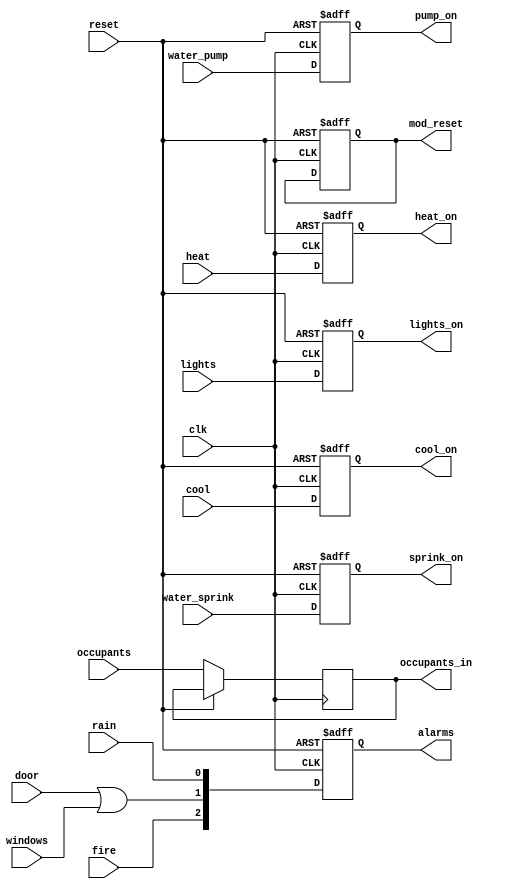
// Primary Module

module master ( alarms, lights_on, heat_on, cool_on, sprink_on, pump_on, mod_reset, occupants_in,
                clk, reset, door, windows, fire, rain, lights, heat, cool, water_sprink, water_pump, occupants);
    input clk, reset, door, windows, fire, rain, lights, heat, cool, water_sprink, water_pump;
    input [7:0] occupants;
    output reg [7:0] occupants_in;
    output reg [2:0]alarms;
    output reg lights_on, heat_on, cool_on, sprink_on, pump_on, mod_reset;

    always @(posedge clk or posedge reset)begin // For resetting the main module and all attached modules
        if (reset == 1'b1)begin
            lights_on = 1'b 0;  // Setting all vaues to 0
            heat_on = 1'b 0;    
            cool_on = 1'b 0;    
            sprink_on = 1'b 0;  
            pump_on = 1'b 0;    
            alarms = 3'b 000;   
            mod_reset = 1'b 1;
            #10
            mod_reset = 1'b 0;
        end

        else begin
            alarms = {fire, door|windows, rain};    // input for the alarms module
            lights_on = lights; // Storing the state of lights
            heat_on = heat; // Storing heater state
            cool_on = cool; // Storing cooler state
            occupants_in = occupants;   // Stores the number of occupants
            pump_on = water_pump;   // Water pump state
            sprink_on = water_sprink;   // Sprinkler state
        end
    end

endmodule

// Secondary Modules
/*      SAFETY      */

module door(clk, magnetic_sensor, alarm, locked);
    input magnetic_sensor, locked, clk;
    output reg alarm;
    // Magnetic Sensor: 1 for closed door and 0 for open door
    // Locked: stores the state of the lock 1 for locked 0 for unlicked
    always @(posedge clk) begin
        if((magnetic_sensor == 1'b 0) && (locked == 1'b 1)) // in case the door is open and the state is locked
            alarm = 1'b 1;  // indicates forced entry
        else
            alarm = 1'b 0;
    end
endmodule

module fire(clk, f_sensor,f_alarm);
    input f_sensor, clk;
    // Fire sensor: 1 in case of fire
    output reg f_alarm;
    always @(posedge clk)
        f_alarm = f_sensor;
endmodule

module rain(clk, rain_sensor,rain_alarm);
    input clk, rain_sensor;
    //Rain sensor: 1 in case of rain
    output reg rain_alarm;
    always @(posedge clk) begin
        rain_alarm = rain_sensor;
    end
endmodule

module window (clk, alarm, shatter);
    input clk, shatter;
    // Shatter detection: 1 in case the window is shattered (indicates fored entry)
    output reg alarm;
    always @(posedge clk) begin
        alarm = shatter;
    end
endmodule

module alarms(state, clk, reset, fire, burglar, rain);
    input [2:0] state;  // the state of fire rain and burglar alarms is taken as input
    input clk, reset;
    // Combines output from all above modules to ring the correct alarms

    output reg fire, burglar, rain;

    always @(posedge clk or posedge reset) begin
        if (reset == 1) begin
            fire = 1'b0;
            burglar = 1'b0;
            rain = 1'b0;
        end
        else begin
            fire = state[2];
            burglar = state[1];
            rain = state[0];
        end
    end
endmodule
 
/**************************/

/*            COMFORT/UTILITY             */
module visitor_counter(clk, reset, ir_sensor1, ir_sensor2,curr_visitor);
    input clk, reset, ir_sensor1,ir_sensor2;

    output reg [7:0] curr_visitor;
    
    reg [1:0] state;
    always @(posedge clk or posedge reset) begin
        if (reset == 1) begin
            state = 2'b00;
            curr_visitor = 0;
        end
        else begin
            if (state == 2'b11)
                if (ir_sensor1 == 1'b0 && ir_sensor2 == 1'b0) state = 2'b00;
            if (state == 2'b00)begin
                if (ir_sensor1 == 1'b1 && ir_sensor2 == 1'b0) state = 2'b10;
                if (ir_sensor1 == 1'b0 && ir_sensor2 == 1'b1) state = 2'b01;
            end
            if (state == 2'b10)begin    // When 2nd ir sensor is crossed
                if (ir_sensor1 == 1'b0 && ir_sensor2 == 1'b1) begin // If first one already crossed
                    state = 2'b11; 
                    curr_visitor = curr_visitor+1; // increase occupant count
                end
                else state = state; // do nothing
            end
            if (state == 2'b01)begin    // When 1st ir sensor is crossed
                if (ir_sensor1 == 1'b1 && ir_sensor2 == 1'b0) begin // If second was already crossed
                    state = 2'b11; 
                    curr_visitor = curr_visitor - 1; // decrease visitor count
                end
                else state = state; // do nothing
            end
        end
    end
endmodule

module ext_lights(clk, lum_sen, ext_light, reset);
    input [7:0] lum_sen;
    // senses the brightness outside
    input clk, reset;

    output reg ext_light;
    
    always @(posedge clk or posedge reset) begin
        if (reset == 1'b1) ext_light = 1'b0;
        else begin 
            if(lum_sen<8'b01000000) // Turns the lights on in case outside lights are low
                ext_light = 1'b1;
            else
                ext_light = 1'b0;
        end
    end
endmodule

module light_control(int_light, lum_sen, clk, reset, motion_sen, ir_sen, manual);
    input [7:0] lum_sen;
    input clk, motion_sen, ir_sen, manual, reset;
    // ir and motion sensor to judge if someone is in the room
    // manual override
    output reg int_light;

    always @(posedge clk or posedge reset)begin
        if (reset == 1'b1 )int_light = 1'b 0;
        else begin
            if (manual == 0 && lum_sen < 8'b00010000 ) begin // If someone is in the room or someone enters the room
                if(ir_sen == 1'b1 || motion_sen == 1'b1)begin
                    if(motion_sen == 1'b1)
                        int_light = 1'b1;
                    else
                        int_light = 1'b0;   // In case no motion in the room
                end
                else
                    int_light = int_light;
            end
            else int_light = int_light; // Incase manual is engaged
        end
    end
endmodule

module temp_control (heat, cool, clk, temp, reset);
    input [7:0] temp;
    // temperature sensor
    input clk, reset;
   
    output reg heat, cool;
    // heat: 1 when heater is on
    // cool: 1 when cooler is on
   
    always @(posedge clk or posedge reset) begin
        if (reset == 1'b1)begin
            heat = 1'b0;
            cool = 1'b0;
        end
        else begin
            if(temp< 65) begin  // When it is too cool
                heat = 1'b1;
                cool = 1'b0;
            end
            else if(temp> 90) begin // When it is too hot
                heat = 1'b0;
                cool = 1'b1;
            end
            else begin  // When temperature is in comfortable range
                heat = 1'b0;
                cool = 1'b0;
            end
        end
    end
endmodule

module water(moisture_sensor, water_sensor, clk ,pump, sprinkler, reset);
    input [7:0] moisture_sensor;
    // Senses the water level in the soil
    input [1:0] water_sensor;
    // Senses the water level in the tank
    input clk, reset;
   
    output reg pump, sprinkler;
   
    always @(posedge clk or posedge reset) begin
        if (reset == 1'b1)begin
            pump = 1'b0;
            sprinkler = 1'b0;
        end
        else begin
            if(water_sensor == 2'b11)
                pump = 1'b0;    // in case tank is full pump is off
            else
                pump =1'b1;     // else pump is on
            
            if (water_sensor >= 2'b 10)begin    // if there is enough water is in the tank
                if (moisture_sensor < 8'b01000000)  // if moisture is low
                    sprinkler = 1'b1;   // springkler is turned on
                else if (moisture_sensor > 8'b10000000) // moisture is sufficient
                    sprinkler = 1'b0;   // sprinkler is turned off
            else sprinkler = 1'b0;  // sprinklers off if there is less water in the tank
            end 
        end
    end
endmodule

/************************/